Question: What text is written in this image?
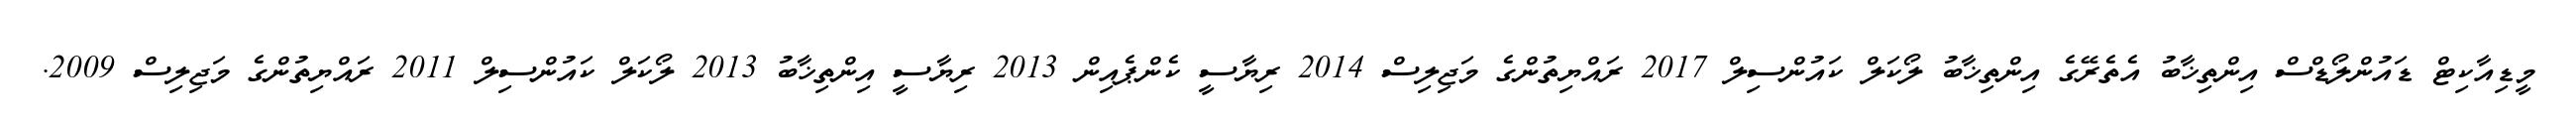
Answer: މީޑިއާކިޓް ޑައުންލޯޑްސް އިންތިޚާބު އެތެރޭގެ އިންތިޚާބު ލޯކަލް ކައުންސިލް 2017 ރައްޔިތުންގެ މަޖިލިސް 2014 ރިޔާސީ ކެންޕެއިން 2013 ރިޔާސީ އިންތިޚާބު 2013 ލޯކަލް ކައުންސިލް 2011 ރައްޔިތުންގެ މަޖިލިސް 2009.